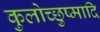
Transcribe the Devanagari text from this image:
कुलोच्छुष्मादि